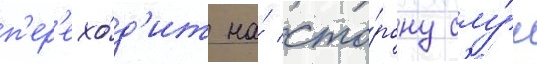
п'ер'ехо́д'ит на́ сто́рону слу́г